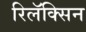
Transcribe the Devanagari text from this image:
रिलॅक्सिन